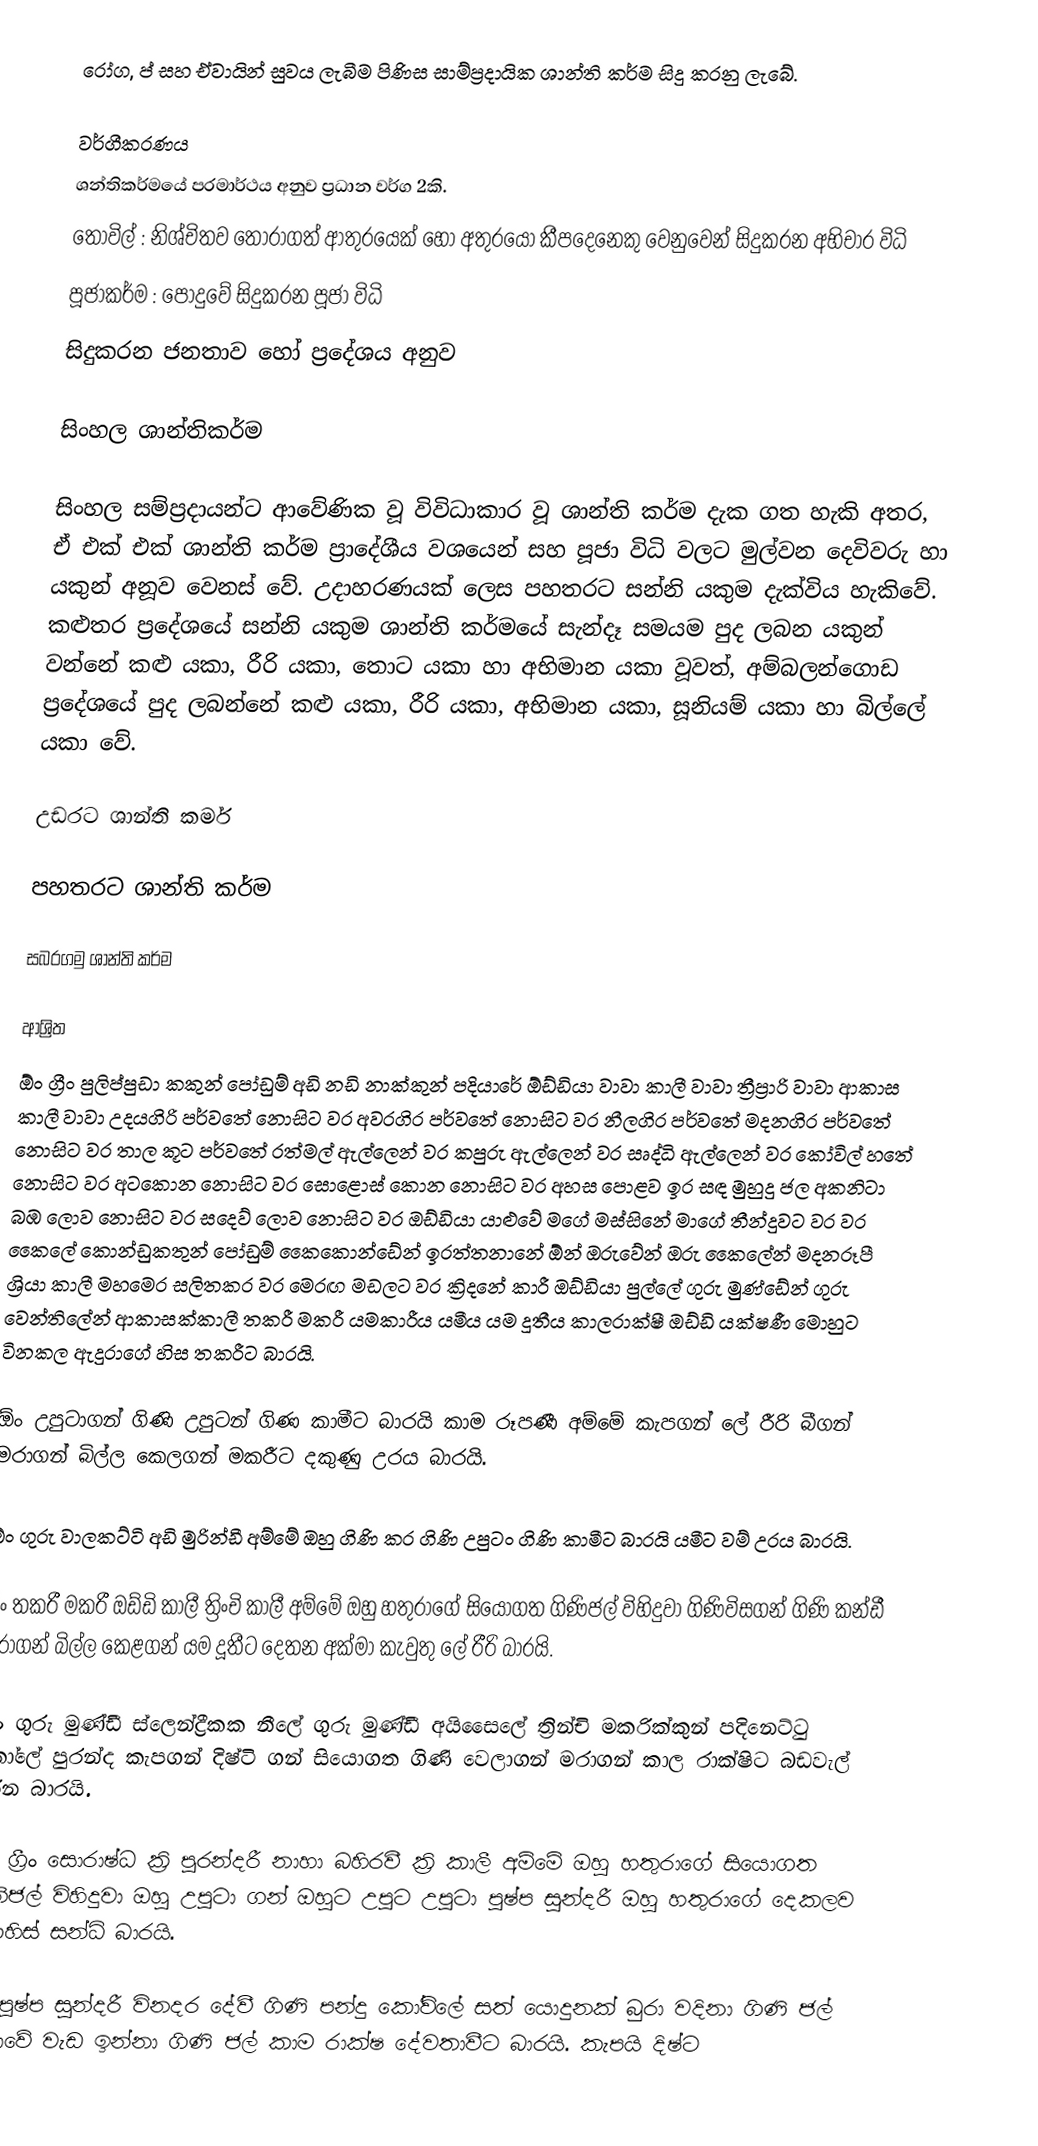
රෝග, ප් සහ ඒවායින් සුවය ලැබීම පිණිස සාම්ප්‍රදායික ශාන්ති කර්ම සිදු කරනු ලැබේ.

වර්ගීකරණය
ශන්තිකර්මයේ පරමාර්ථය අනුව ප්‍රධාන වර්ග 2කි.
 තොවිල් : නිශ්චිතව තෝරාගත් ආතුරයෙක් හෝ අතුරයෝ කීපදෙනෙකු වෙනුවෙන් සිදුකරන අභිචාර විධි
 පූජාකර්ම : පොදුවේ සිදුකරන පූජා විධි
සිදුකරන ජනතාව හෝ ප්‍රදේශය අනුව

සිංහල ශාන්තිකර්ම

සිංහල සම්ප්‍රදායන්ට ආවේණික වූ විවිධාකාර වූ ශාන්ති කර්ම දැක ගත හැකි අතර, ඒ එක් එක් ශාන්ති කර්ම ප්‍රාදේශීය වශයෙන් සහ පූජා විධි වලට මුල්වන දෙවිවරු හා යකුන් අනූව වෙනස් වේ. උදාහරණයක් ලෙස පහතරට සන්නි යකුම දැක්විය හැකිවේ. කළුතර ප්‍රදේශයේ සන්නි යකුම ශාන්ති කර්මයේ සැන්දෑ සමයම පුද ලබන යකුන් වන්නේ කළු යකා, රීරි යකා, තොට යකා හා අභිමාන යකා වූවත්, අම්බලන්ගොඩ ප්‍රදේශයේ පුද ලබන්නේ කළු යකා, රීරි යකා, අභිමාන යකා, සූනියම් යකා හා බිල්ලේ යකා වේ.

උඩරට ශාන්ති කර්ම

පහතරට ශාන්ති කර්ම

සබරගමු ශාන්ති කර්ම

ආශ්‍රිත
ඕං ග්‍රීං පුලිප්පුඩා කකුන් පෝඩුම් අඩි නඩි නාක්කුන් පදියාරේ  ඕඩ්ඩියා වාවා කාලී වාවා ත්‍රීප්‍රාරි වාවා ආකාස කාලී වාවා උදයගිරි පර්වතේ නොසිට වර අවරගිර පර්වතේ  නොසිට වර නීලගිර පර්වතේ මදනගිර පර්වතේ නොසිට වර තාල කූට පර්වතේ රත්මල් ඇල්ලෙන් වර කපුරු ඇල්ලෙන් වර සෘද්ධි ඇල්ලෙන් වර කෝවිල් හතේ නොසිට වර අටකොන නොසිට වර සොළොස් කොන  නොසිට වර අහස පොළව ඉර සඳ මුහුදු ජල අකනිටා බඹ ලොව නොසිට වර සදෙව් ලොව නොසිට වර ඔඩ්ඩියා යාළුවේ මගේ මස්සිනේ මාගේ තීන්දුවට වර වර කෛලේ කොන්ඩුකතුන් පෝඩුම් කෛකොන්ඩේන් ඉරත්තනානේ ඕන් ඔරුවේන් ඔරු කෛලේන් මදනරූපී ශ්‍රියා කාලී මහමෙර සලිතකර වර මෙරඟ මඩලට වර ක්‍රිදනේ කාරී ඔඩ්ඩියා පුල්ලේ ගුරු මුණ්ඩේන් ගුරු වෙන්තිලේන් ආකාසක්කාලී තකරී මකරී යමකාරීය යමීය යම දූතීය කාලරාක්ෂී ඔඩ්ඩි යක්ෂණී මොහුට විනකල ඇදුරාගේ හිස තකරීට බාරයි.

ඕං උපුටාගන් ගිණි උපුටන් ගිණ කාමීට බාරයි කාම රූපණී අම්මේ කැපගන් ලේ රීරි බීගන් මරාගන් බිල්ල කෙලගන් මකරීට දකුණු උරය බාරයි.

ඕං ගුරු වාලකට්ටි අඩි මුරින්ඩී අම්මේ ඔහු ගිණි කර ගිණි උපුටං ගිණි කාමීට බාරයි යමීට වම් උරය බාරයි.

ඕං තකරී මකරී ඔඩ්ඩි කාලී ත්‍රිංචි කාලී අම්මේ ඔහු හතුරාගේ සියොගත ගිණිජල් විහිදුවා ගිණිවිසගන් ගිණි කන්ඩී මරාගන් බිල්ල කෙළගන් යම දූතීට දෙතන අක්මා කැවුතු ලේ රීරි බාරයි.

ඕං ගුරු මුණ්ඩී ස්ලෙන්ද්‍රීකක නීලේ ගුරු මුණ්ඩී අයිසෛලේ ත්‍රින්චි මකරික්කුන් පදිනෙට්ටු කෝලේ පුරන්ද කැපගන් දිෂ්ටි ගන් සියොගත ගිණි වෙලාගන් මරාගන් කාල රාක්ෂිට බඩවැල් දරන බාරයි.

ඕං ග්‍රීං සොරාෂ්ධ ක්‍රි පුරන්දරී නාහා බහිරවී ක්‍රි කාලී අම්මේ ඔහු හතුරාගේ සියොගත ගිනිජල් විහිදුවා ඔහු උපුටා ගන් ඔහුට උපුට උපුටා පුෂ්ප සුන්දරී ඔහු හතුරාගේ දෙකලව දණහිස් සන්ධි බාරයි.

ඕං පුෂ්ප සුන්දරී විනදර දේවී ගිණි පන්දු කෝවිලේ සත් යොදුනක් බුරා වදිනා ගිණි ජල් මාලාවේ වැඩ ඉන්නා ගිණි ජල් කාම රාක්ෂ දේවතාවීට බාරයි. කැපයි දිෂ්ට